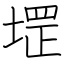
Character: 堽